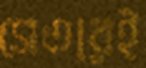
সেতারই